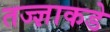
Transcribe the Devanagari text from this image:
तज्‍ज्ञाकडे